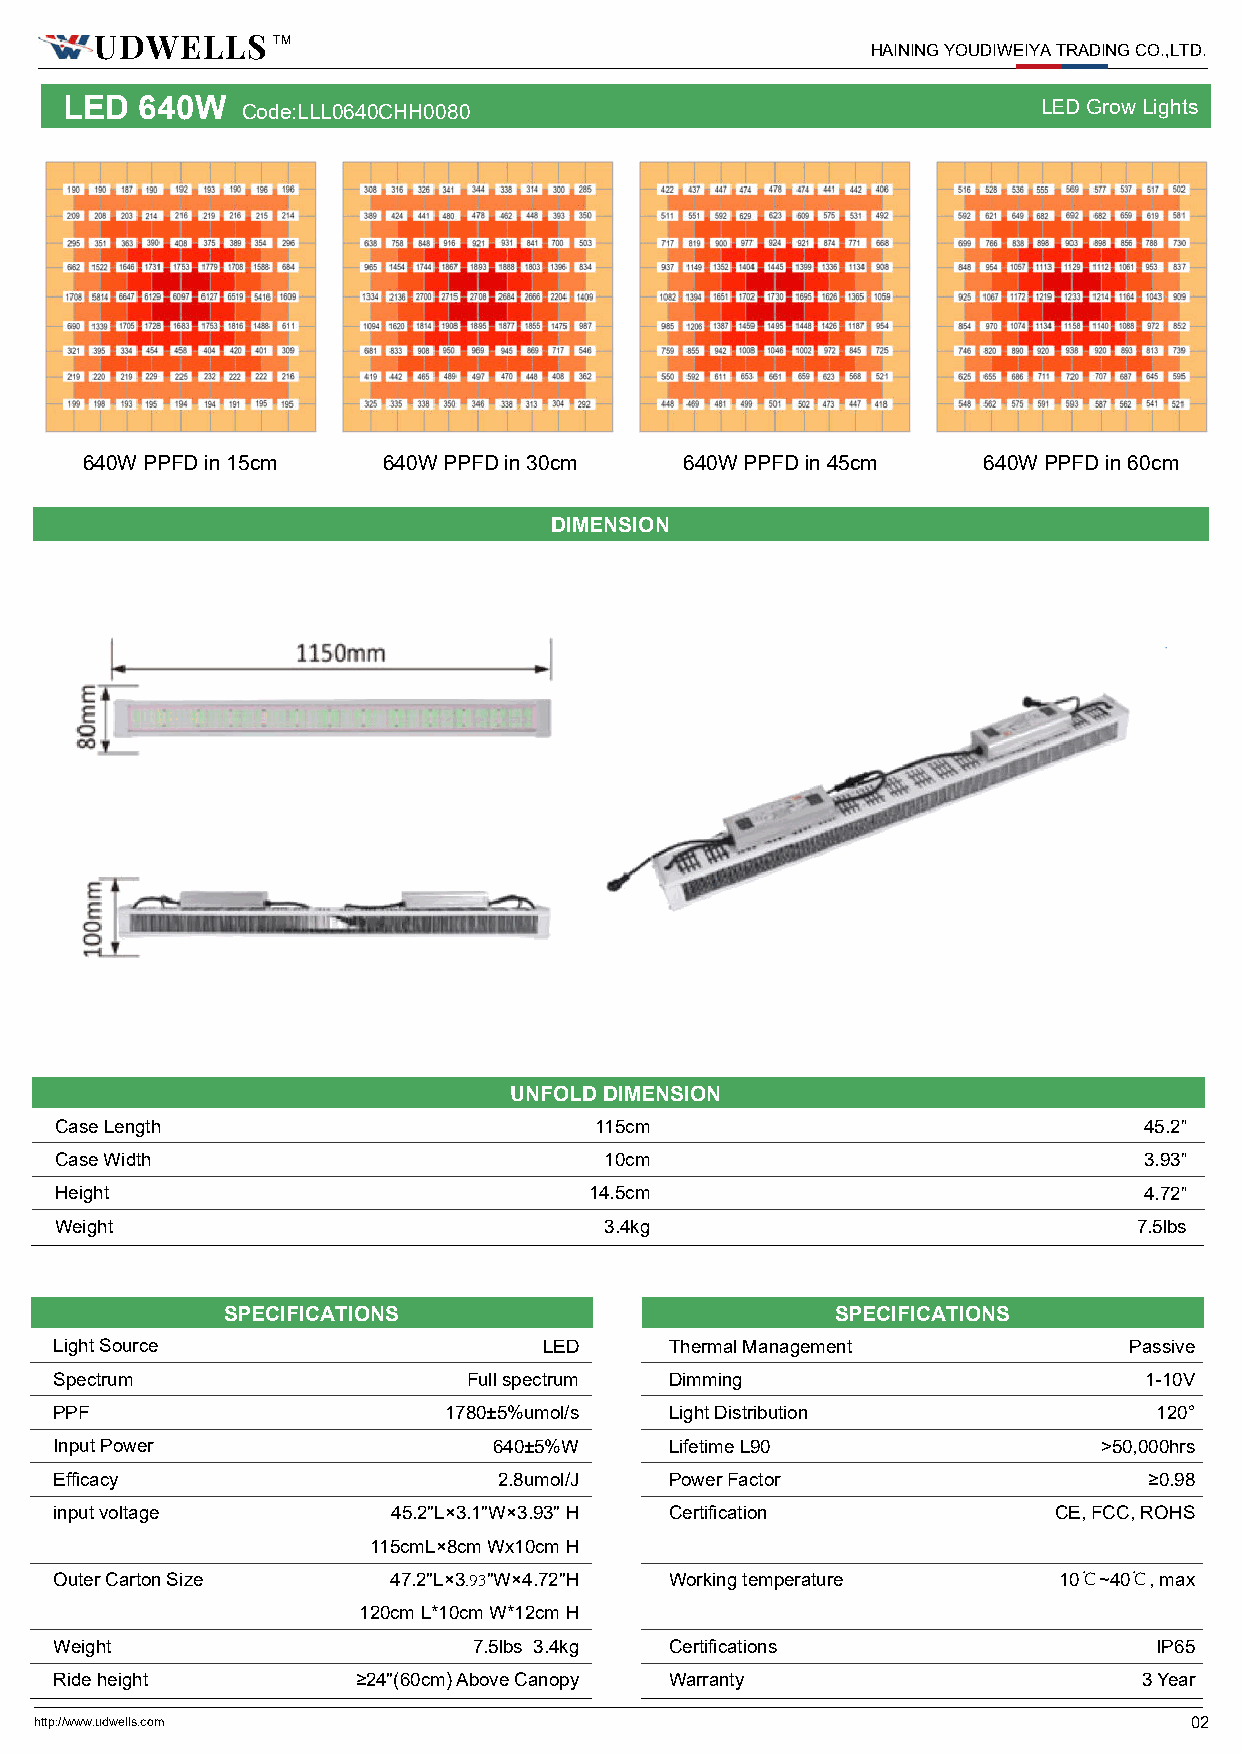
UDWELLS
 TM
 HAINING YOUDIWEIYA TRADING CO.,LTD.
 LED  640W
 Code:LLL0640CHH0080                                  LED Grow Lights
 640W PPFD in 15cm  640W PPFD in 30cm   640W PPFD in 45cm   640W PPFD in 60cm
 DIMENSION
 UNFOLD DIMENSION
 Case Length                        115cm                                45.2”
 Case Width                          10cm                                3.93”
 Height                             14.5cm                               4.72”
 Weight                              3.4kg                              7.5lbs
 SPECIFICATIONS                          SPECIFICATIONS
 Light Source                    LED     Thermal Management             Passive
 Spectrum                   Full spectrum Dimming                        1-10V
 PPF                      1780±5%umol/s  Light Distribution               120°
 Input Power                  640±5%W    Lifetime L90                 >50,000hrs
 Efficacy                     2.8umol/J  Power Factor                    ≥0.98
 input voltage         45.2"L×3.1"W×3.93" H Certification          CE, FCC, ROHS
 115cmL×8cm Wx10cm H
 Outer Carton Size     47.2"L×3.93"W×4.72"H Working temperature    10℃~40℃, max
 120cm L*10cm W*12cm H
 Weight                     7.5lbs 3.4kg Certifications                   IP65
 Ride height         ≥24"(60cm) Above Canopy Warranty                    3 Year
 http://www.udwells.com                                                       02